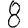
Digit: 8